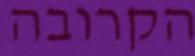
הקרובה